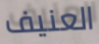
العنيف